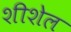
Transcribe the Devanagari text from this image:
शीशेल